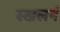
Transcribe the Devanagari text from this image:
स्खलनं